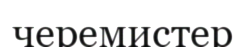
черемистер